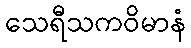
သေရီသကဝိမာနံ